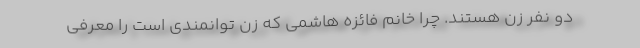
دو نفر زن هستند. چرا خانم فائزه هاشمی که زن توانمندی است را معرفی